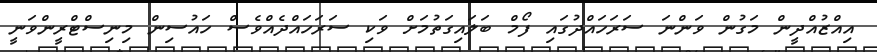
އިއްޒުއްދީން މަގުން ވަންނަ ސަރަހައްދުގައި ފޯމް ބަލައިގަތުމަށް ވަކި ސަރަހައްދެއްވެސް ހައުސިން މިނިސްޓްރީންވަނީ